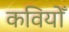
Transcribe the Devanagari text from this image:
कवियोँ